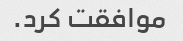
موافقت کرد.